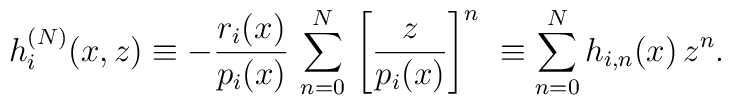
h^{(N)}_i(x,z) \equiv -\frac{r_i(x)}{p_i(x)}\,\sum_{n=0}^N\, {\left[ \frac{z}{p_i(x)} \right]}^n\ \equiv \sum_{n=0}^{N} h_{i,n}(x) \, z^n .